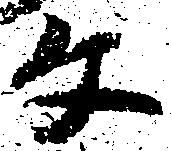
文